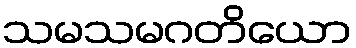
သမသမဂတိယော